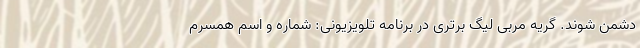
دشمن شوند. گریه مربی لیگ برتری در برنامه تلویزیونی: شماره و اسم همسرم